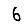
Digit: 6